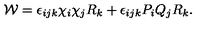
{ \cal W } = \epsilon _ { i j k } \chi _ { i } \chi _ { j } R _ { k } + \epsilon _ { i j k } P _ { i } Q _ { j } R _ { k } .